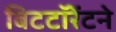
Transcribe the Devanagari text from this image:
बिटटॉरेंटने